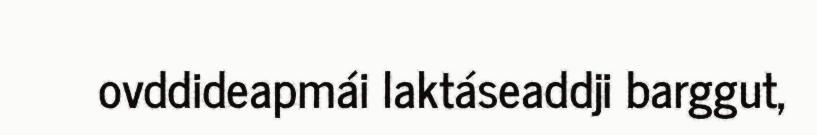
ovddideapmái laktáseaddji barggut,